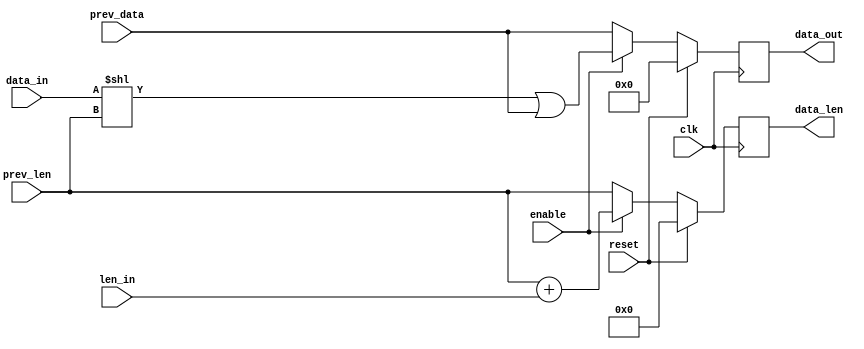
module shift_reg_256bits(
	clk, 
	reset, 
	prev_data, 
	data_in, 
	len_in, 
	enable, 	
	prev_len,
	data_out, 
	data_len
);

input 	clk, reset; 
input 	enable;// enable means lower half of previous is full or last ones
input 	[255:0] 	prev_data;
input 	[31:0]	data_in;
input 	[5:0]	len_in;
input 	[7:0]	prev_len;
output 	[255:0] 	data_out;
output 	[7:0] 	data_len;

reg   [255:0]  data_out_reg;
reg   [7:0]	  data_len_reg;

always @(posedge clk)
begin
	if(reset)
	begin
		data_out_reg <= 256'd0;
		data_len_reg <= 8'd0;
	end

	else
	if(enable)
	begin
			data_out_reg <= (data_in << prev_len) | prev_data;
			data_len_reg <= prev_len + len_in;
		end

		else
			begin
				data_out_reg <= prev_data;
				data_len_reg <= prev_len;
			end
end 

assign data_out = data_out_reg;
assign data_len = data_len_reg;


endmodule